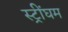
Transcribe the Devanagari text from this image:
स्ट्रींघम